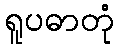
ရူပဓာတုံ